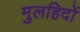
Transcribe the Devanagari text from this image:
मुलहिदों